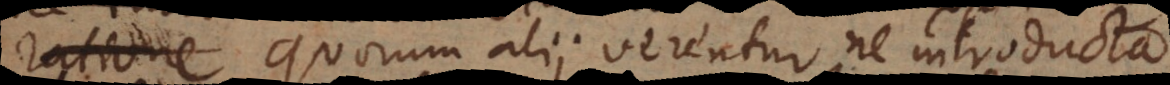
ratione quorum alii verentur ne introducta